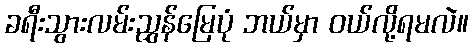
ခရီးသွားလမ်းညွှန်မြေပုံ ဘယ်မှာ ဝယ်လို့ရမလဲ။